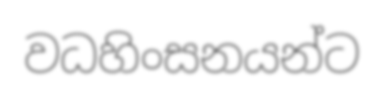
වධහිංසනයන්ට